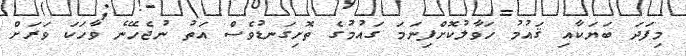
މިފަދަ ބަޔަކާއި ޤައުމު ހަވާލުކޮށްފިނަމަ ގައުމުގެ ތޮށިގަނޑުވެސް އަތު ނުޖެހޭނެ ވާހަކަ ވަރަށް